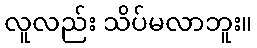
လူလည်း သိပ်မလာဘူး။